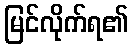
မြင်လိုက်ရ၏